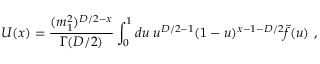
U ( x ) = \frac { ( m _ { 1 } ^ { 2 } ) ^ { D / 2 - x } } { \Gamma ( D / 2 ) } \int _ { 0 } ^ { 1 } d u \; u ^ { D / 2 - 1 } ( 1 - u ) ^ { x - 1 - D / 2 } \tilde { f } ( u ) \ ,